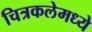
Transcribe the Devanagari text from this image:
चित्रकलेमध्ये